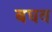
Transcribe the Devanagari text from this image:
बघव